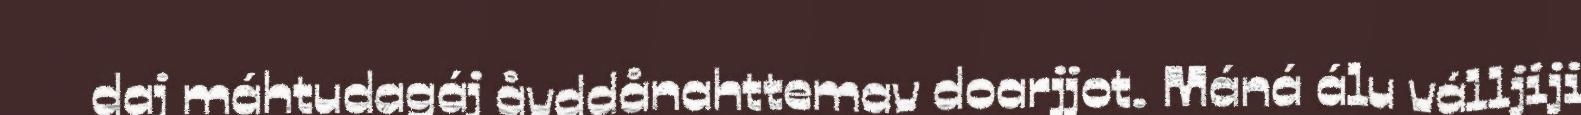
daj máhtudagáj åvddånahttemav doarjjot. Máná álu válljiji